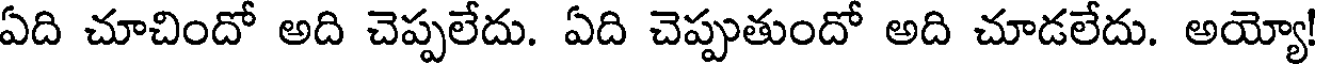
ఏది చూచిందో అది చెప్పలేదు. ఏది చెప్పుతుందో అది చూడలేదు. అయ్యో